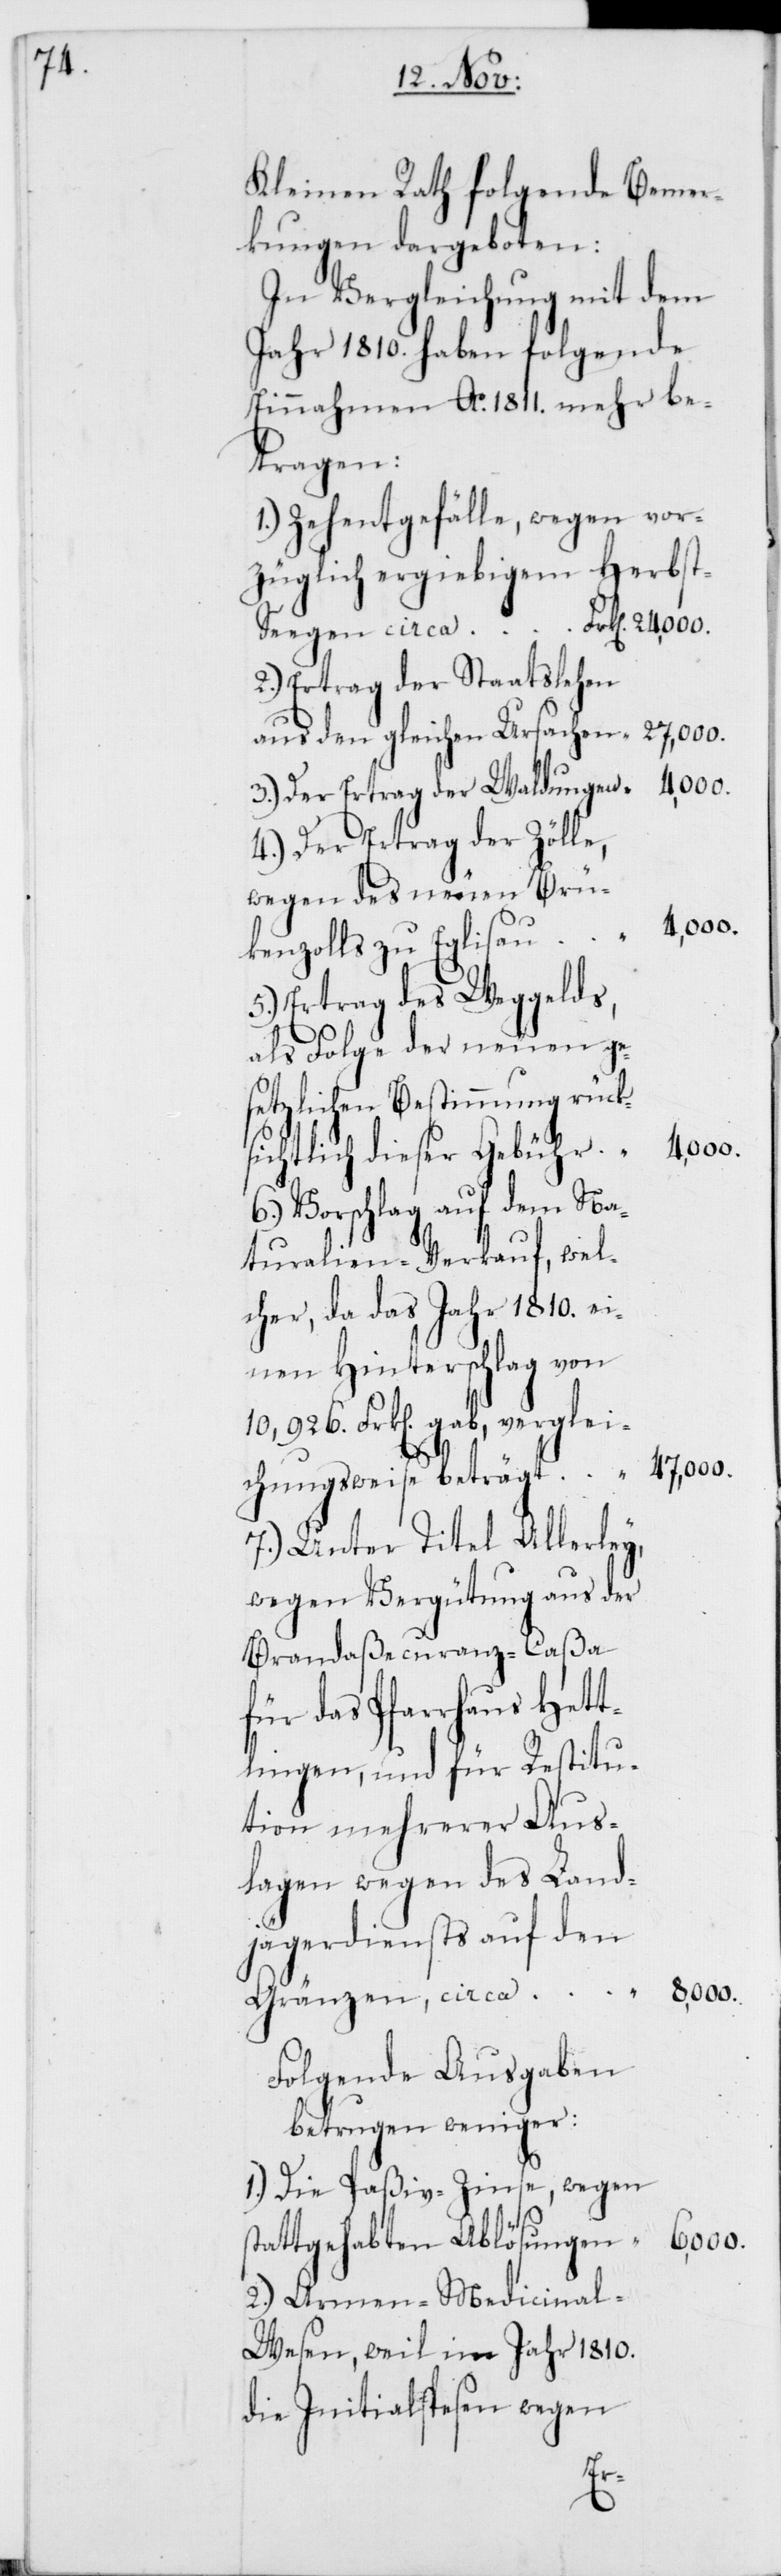
Kleinen Rath folgende Bemer¬
kungen dargeboten:
In Vergleichung mit dem
Jahr 1810 haben folgende
Einnahmen Anno 1811 mehr be¬
eegen
1.) Zehentgefälle, wegen vor¬
züglich ergiebigem Herbst-S¬
2.) Ertrag der Staatslehen
aus den gleichen Ursachen
3.) Der Ertrag der Waldungen
4.) Der Ertrag der Zölle,
wegen des neuen Brü¬
24,000.
ckenzolls zu Eglisau
5.) Ertrag des Weggelds,
als Folge der neuen ge¬
setzlichen Bestimmung rück¬
4000.
sichtlich dieser Gebühr
Vorschlag auf dem Na¬
turalien-Verkauf, wel¬
cher, da das Jahr 1810. ei¬
nen Hinterschlag von
10,926. Frk[en] gab, verglei¬
47,000.
chungsweise beträgt
7.) Unter Titel Allerley,
wegen Vergütung aus der
Brandaßecuranz-Caßa
für das Pfarrhaus Hett¬
lingen, und für Restitu¬
tion mehrerer Aus¬
lagen wegen des Land¬
jägerdiensts auf den
8000.
Gränzen, circa
Folgende Ausgaben
betrugen weniger:
1.) Die Paßiv-Zinse, wegen
6000.
tattgehabten Ablösungen
2.) Armen-Medicinal-W¬
esen, weil im Jahr 1810.
die Initialspesen wegen
s¬